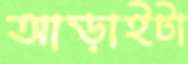
আড়াইটা